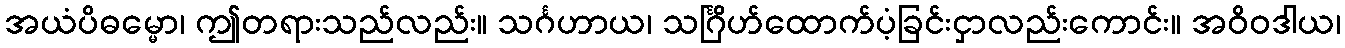
အယံပိဓမ္မော၊ ဤတရားသည်လည်း။ သင်္ဂဟာယ၊ သင်္ဂြိဟ်ထောက်ပံ့ခြင်းငှာလည်းကောင်း။ အဝိဝဒါယ၊